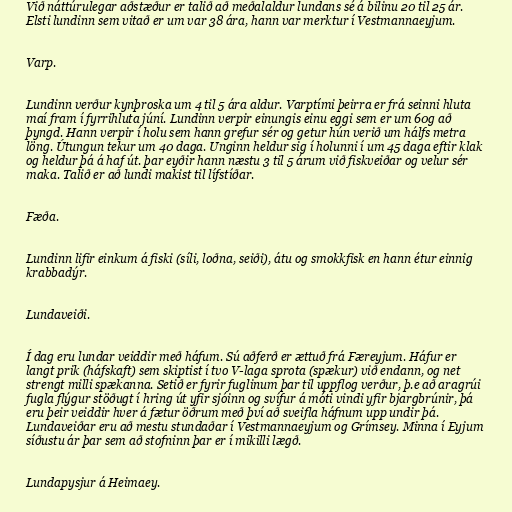
Við náttúrulegar aðstæður er talið að meðalaldur lundans sé á bilinu 20 til 25 ár.
Elsti lundinn sem vitað er um var 38 ára, hann var merktur í Vestmannaeyjum.

Varp.

Lundinn verður kynþroska um 4 til 5 ára aldur. Varptími þeirra er frá seinni hluta
maí fram í fyrrihluta júní. Lundinn verpir einungis einu eggi sem er um 60g að
þyngd. Hann verpir í holu sem hann grefur sér og getur hún verið um hálfs metra
löng. Útungun tekur um 40 daga. Unginn heldur sig í holunni í um 45 daga eftir klak
og heldur þá á haf út. þar eyðir hann næstu 3 til 5 árum við fiskveiðar og velur sér
maka. Talið er að lundi makist til lífstíðar.

Fæða.

Lundinn lifir einkum á fiski (síli, loðna, seiði), átu og smokkfisk en hann étur einnig
krabbadýr.

Lundaveiði.

Í dag eru lundar veiddir með háfum. Sú aðferð er ættuð frá Færeyjum. Háfur er
langt prik (háfskaft) sem skiptist í tvo V-laga sprota (spækur) við endann, og net
strengt milli spækanna. Setið er fyrir fuglinum þar til uppflog verður, þ.e að aragrúi
fugla flýgur stöðugt í hring út yfir sjóinn og svífur á móti vindi yfir bjargbrúnir, þá
eru þeir veiddir hver á fætur öðrum með því að sveifla háfnum upp undir þá.
Lundaveiðar eru að mestu stundaðar í Vestmannaeyjum og Grímsey. Minna í Eyjum
síðustu ár þar sem að stofninn þar er í mikilli lægð.

Lundapysjur á Heimaey.